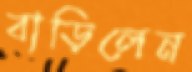
বাড়িলেন